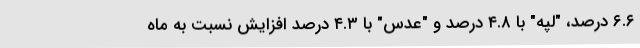
٦.٦ درصد، "لپه" با ٤.٨ درصد و "عدس" با ٤.٣ درصد افزایش نسبت به ماه